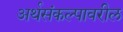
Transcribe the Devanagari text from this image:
अर्थसंकल्पावरील